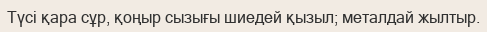
Түсі қара сұр, қоңыр сызығы шиедей қызыл; металдай жылтыр.